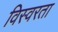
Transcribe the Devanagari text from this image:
विस्वरता